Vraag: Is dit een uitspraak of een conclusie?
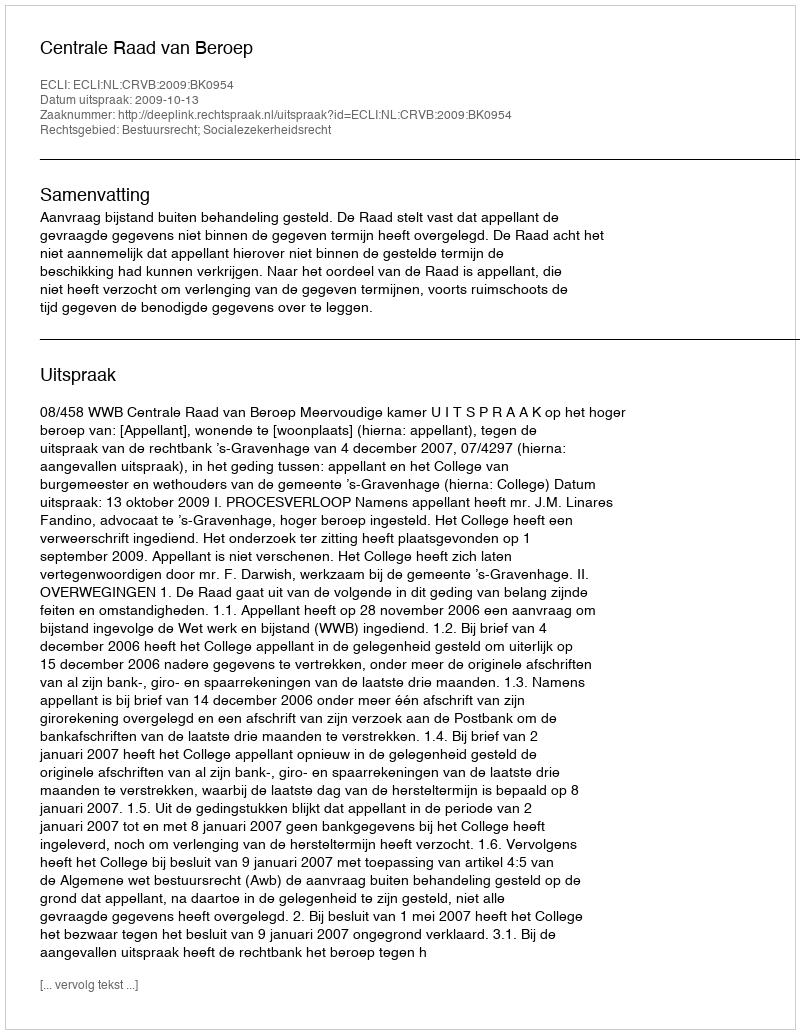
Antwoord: Uitspraak